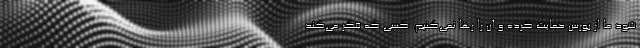
شود ما از بورس حمایت کرده و آن را رها نمی‌کنیم. کسی که فکر می‌کند